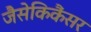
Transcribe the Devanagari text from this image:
जैसेकिकैंसर